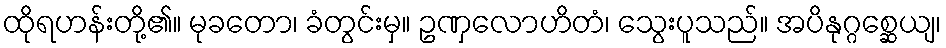
ထိုရဟန်းတို့၏။ မုခတော၊ ခံတွင်းမှ။ ဥဏှလောဟိတံ၊ သွေးပူသည်။ အပိနုဂ္ဂစ္ဆေယျ၊